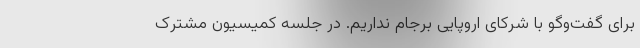
برای گفت‌وگو با شرکای اروپایی برجام نداریم. در جلسه کمیسیون مشترک